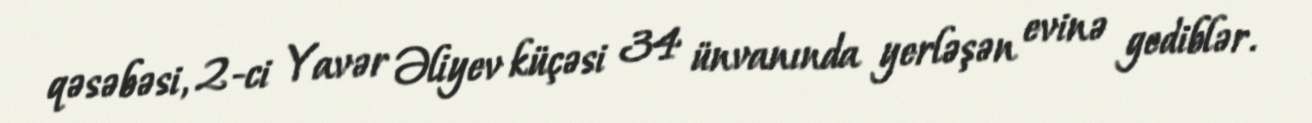
qəsəbəsi, 2-ci Yavər Əliyev küçəsi 34 ünvanında yerləşən evinə gediblər.